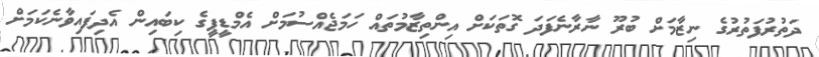
ދަތުރުފަތުރުގެ ނިޒާމަށް ބުރޫ ނާރާނެފަދަ ގޮތަކަށް އިންތިޒާމުތައް ހަމަޖެއްސުމަށް އެމްޑީޕީގެ ކިބައިން އެދިފައިވާނެކަމަށް